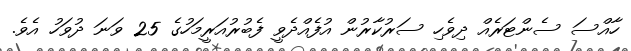
ހާއްސަ ސެންޓަރެއް ދިވެހި ސަރުކާރުން އުފެއްދެވީ ފެބުރުއަރީމަހުގެ 25 ވަނަ ދުވަހު އެވެ.